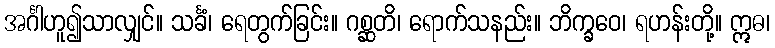
အင်္ဂါဟူ၍သာလျှင်။ သင်္ခံ၊ ရေတွက်ခြင်း။ ဂစ္ဆတိ၊ ရောက်သနည်း။ ဘိက္ခဝေ၊ ရဟန်းတို့။ ဣဓ၊